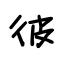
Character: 彼